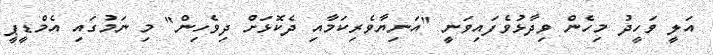
އަލީ ވަހީދު މިހެން ވިދާޅުވެފައިވަނީ "އަނިޔާވެރިކަމާއި ދެކޮޅަށް ދިވެހިން" މި ނަމުގައި އެމްޑީޕީ